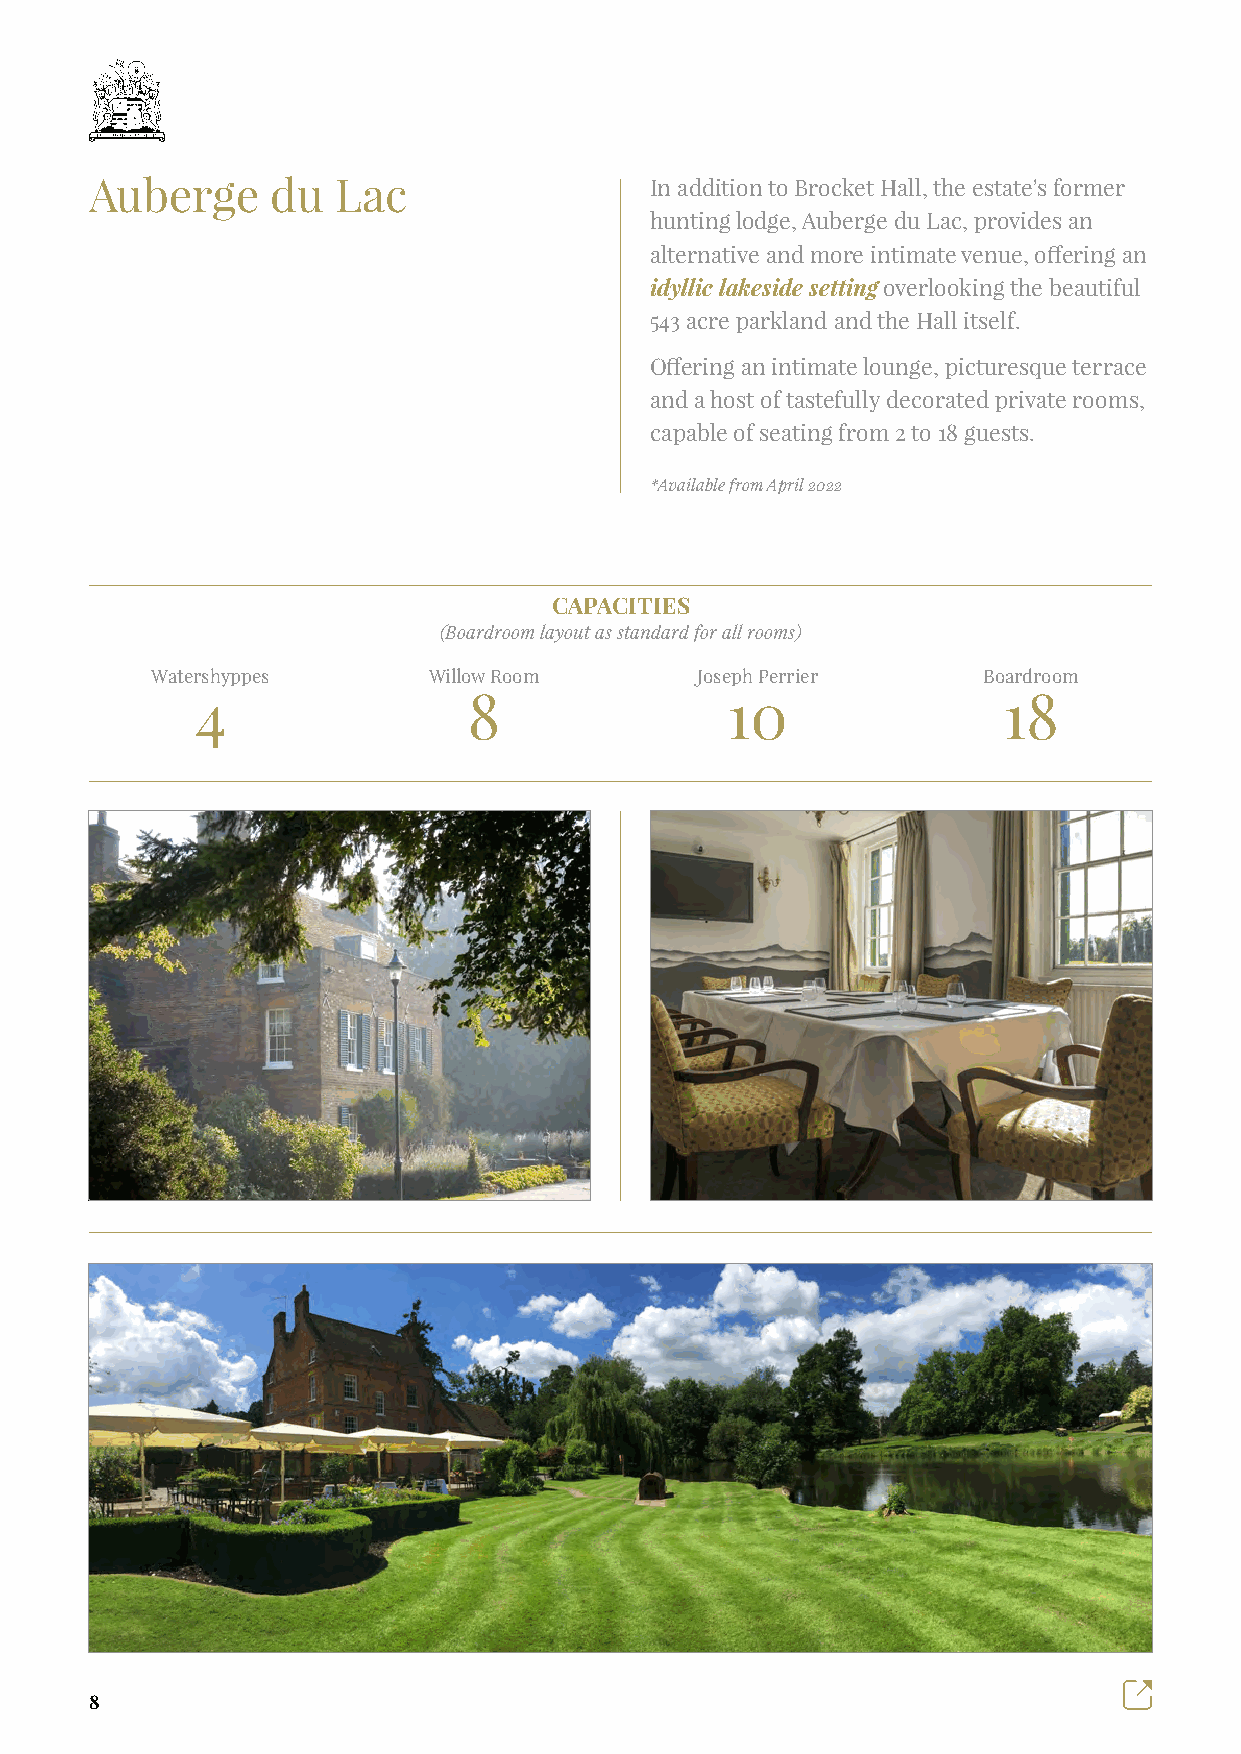
Auberge     du  Lac                  In addition to Brocket Hall, the estate's former
 hunting lodge, Auberge du Lac, provides an
 alternative and more intimate venue, offering an
 idyllic lakeside setting overlooking the beautiful
 543 acre parkland and the Hall itself.
 Offering an intimate lounge, picturesque terrace
 and a host of tastefully decorated private rooms,
 capable of seating from 2 to 18 guests.
 *Available from April 2022
 CAPACITIES
 (Boardroom layout as standard for all rooms)
 Watershyppes      Willow Room       Joseph Perrier     Boardroom
 4                 8                10                18
 8